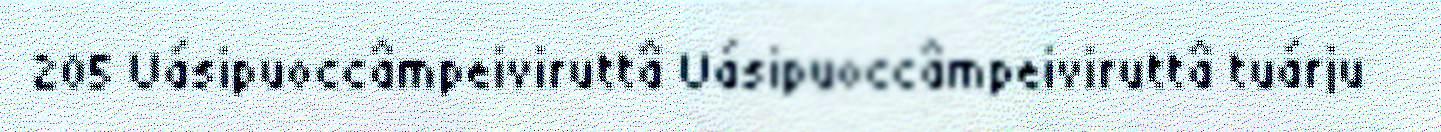
205 Uásipuoccâmpeiviruttâ Uásipuoccâmpeiviruttâ tuárju